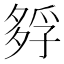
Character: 𡦄